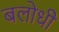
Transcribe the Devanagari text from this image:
बलोधी